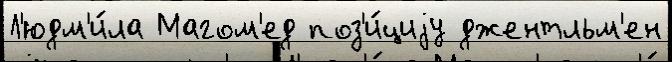
Л'юдм'и́ла Магом'ед поз'и́циjу джентльм'ен